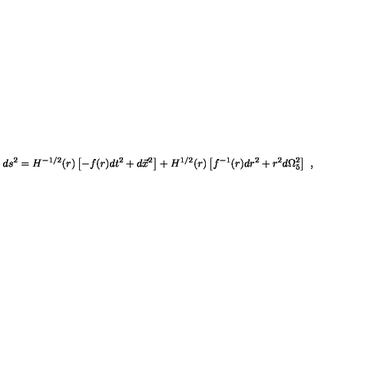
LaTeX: d s ^ { 2 } = H ^ { - 1 / 2 } ( r ) \left[ - f ( r ) d t ^ { 2 } + d \vec { x } ^ { 2 } \right] + H ^ { 1 / 2 } ( r ) \left[ f ^ { - 1 } ( r ) d r ^ { 2 } + r ^ { 2 } d \Omega _ { 5 } ^ { 2 } \right] \ ,